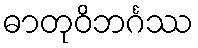
ဓာတုဝိဘင်္ဂဿ